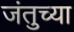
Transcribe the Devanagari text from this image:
जंतुच्या